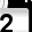
Digit: 2